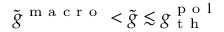
\tilde { g } ^ { \mathrm { ~ m ~ a ~ c ~ r ~ o ~ } } < \tilde { g } \lesssim g _ { \mathrm { ~ t ~ h ~ } } ^ { \mathrm { ~ p ~ o ~ l ~ } }